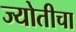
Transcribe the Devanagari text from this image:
ज्योतीचा